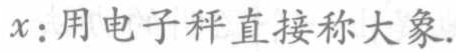
$x:$用电子秤直接称大象.